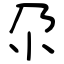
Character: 尕